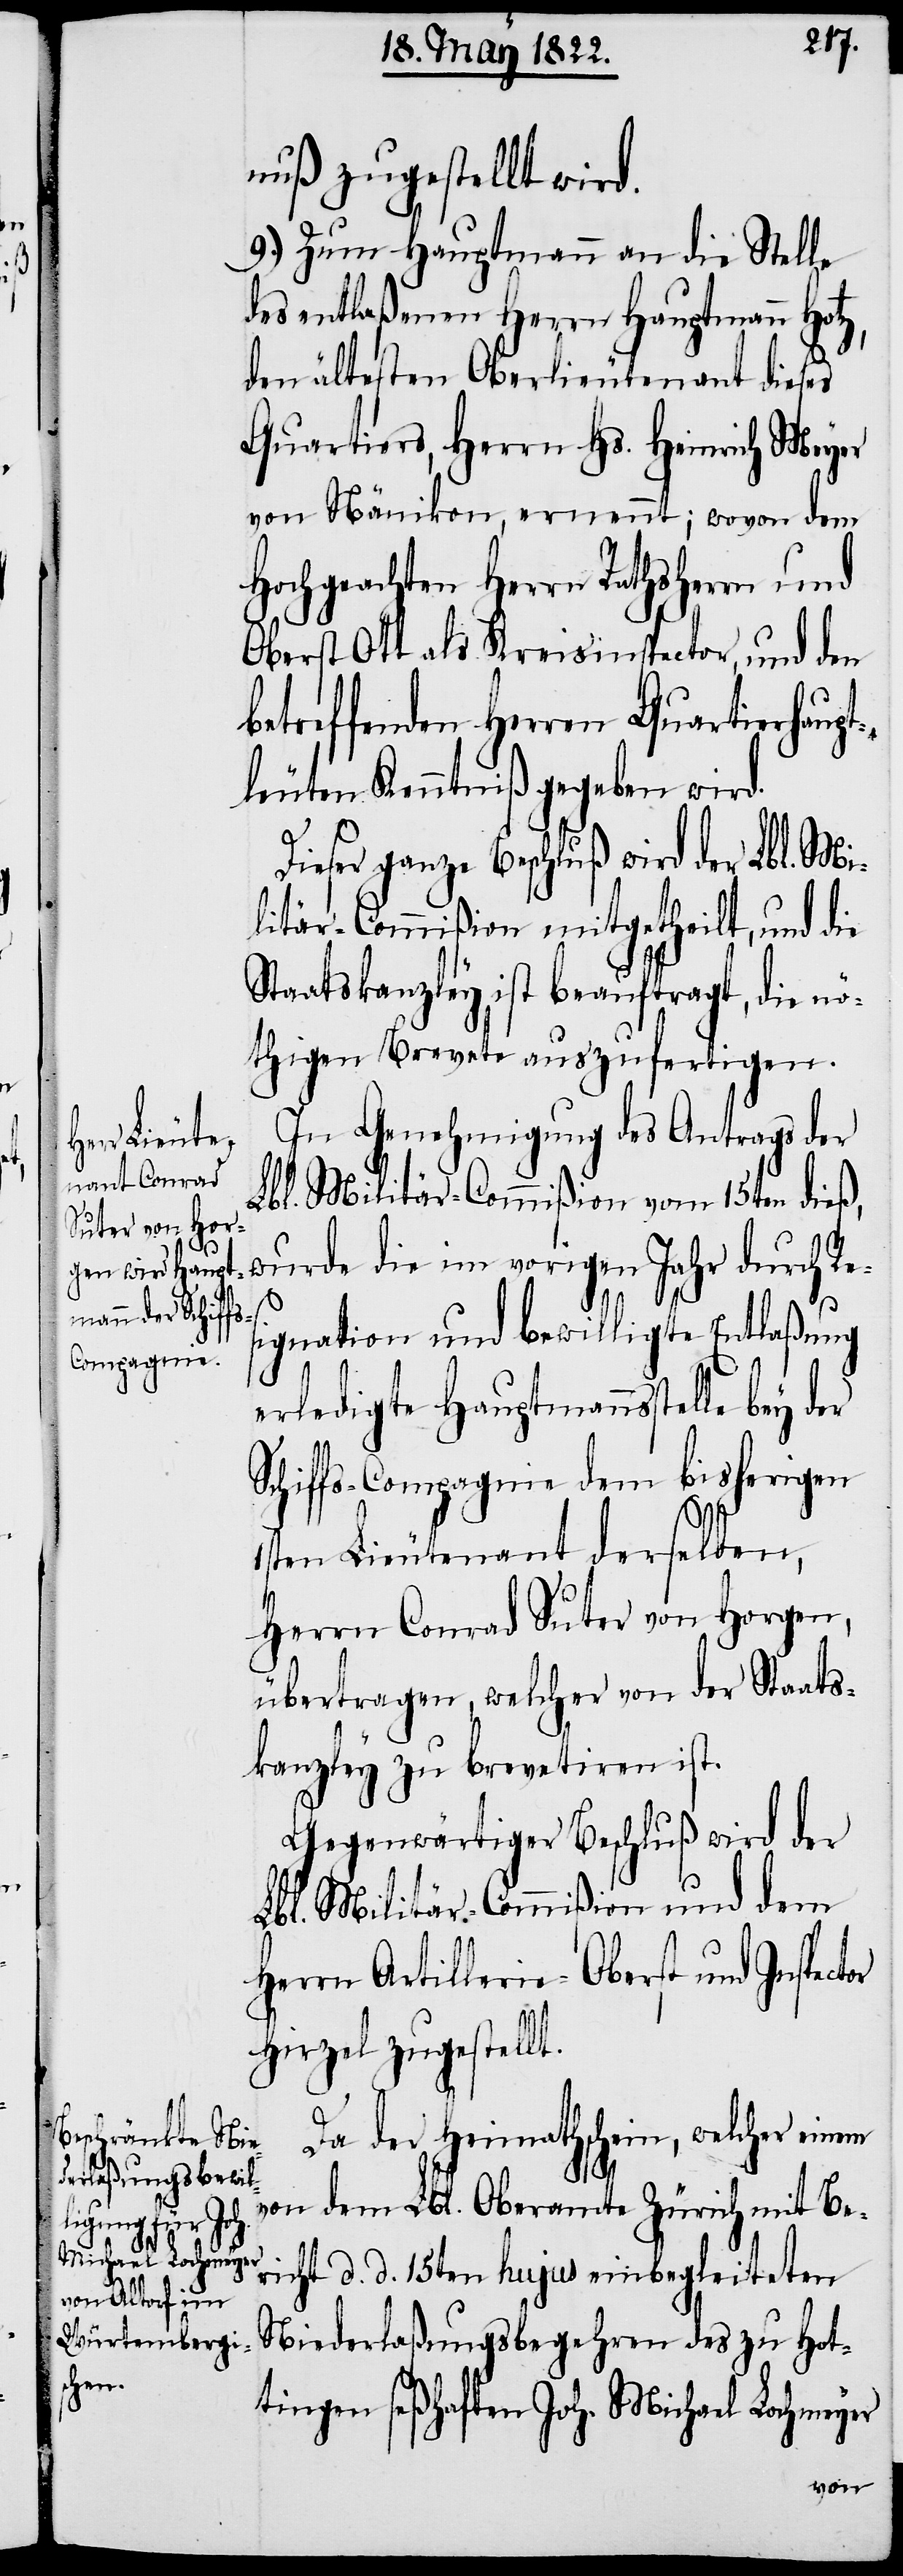
Di¬

nuß zugestellt wird.
9.) Zum Hauptmann an die Stelle
des entlaßenen Herrn Hauptmann Hot¬
den ältesten Oberlieutenant dieses
Quartiers, Herrn Hs. Heinrich Meyer
von Nänikon, ernennt; wovon dem
Hochgeachten Herrn Rathsherrn und
Oberst Ott als Kreisinspector, und den
betreffenden Herrn Quartiershaupt¬
leuten Kenntniß gegeben wird.
eser ganze Beschluß wird der Lbl. Mi¬
litär-Commißion mitgetheilt, und die
Staatskanzley ist beauftragt, die nö¬
thigen Brevete auszufertigen.
In Genehmigung des Antrags de
Lbl. Militär-Commißion vom 15ten dieß,
wurde die im vorigen Jahr durch Re¬
z,
signation und bewilligte Entlaßung
erledigte Hauptmannsstelle bey
Schiffs-Compagnie dem bisherigen
1sten Lieutenant derselben,
Herrn Conrad Suter von Horgen,
übertragen, welcher von der Staats¬
kanzley zu brevetiren ist.
Gegenwärtiger Beschluß wird der
Lbl. Militär-Commißion und dem
Herrn Artillerie-Oberst und Inspector
Hirzel zugestellt.
Da der Heimathschein, welcher einem
von dem Lbl. Oberamte Zürich mit Be¬
richt d. d. 15ten hujus einbegleiteten
Niederlaßungsbegehren des zu Hot¬
tingen seßhaften Joh. Michael Lochmeyer